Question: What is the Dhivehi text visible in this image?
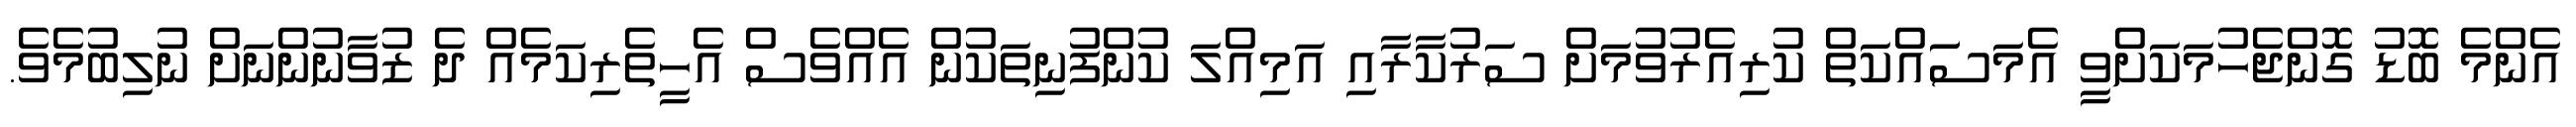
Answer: އެންމެ ބޮޑު ގޮންޖެހުމަކަށްވީ އެމަސަައްކަތް ކުރިއެރުވުމަށް ސަރުކާރާއި އަމިއްލަ ކުންފުނިތަކުން އެއްވެސް އެހީތެރިކަމެއް ދެ ޒުވާނުންނަށް ނުލިބުމެވެ.